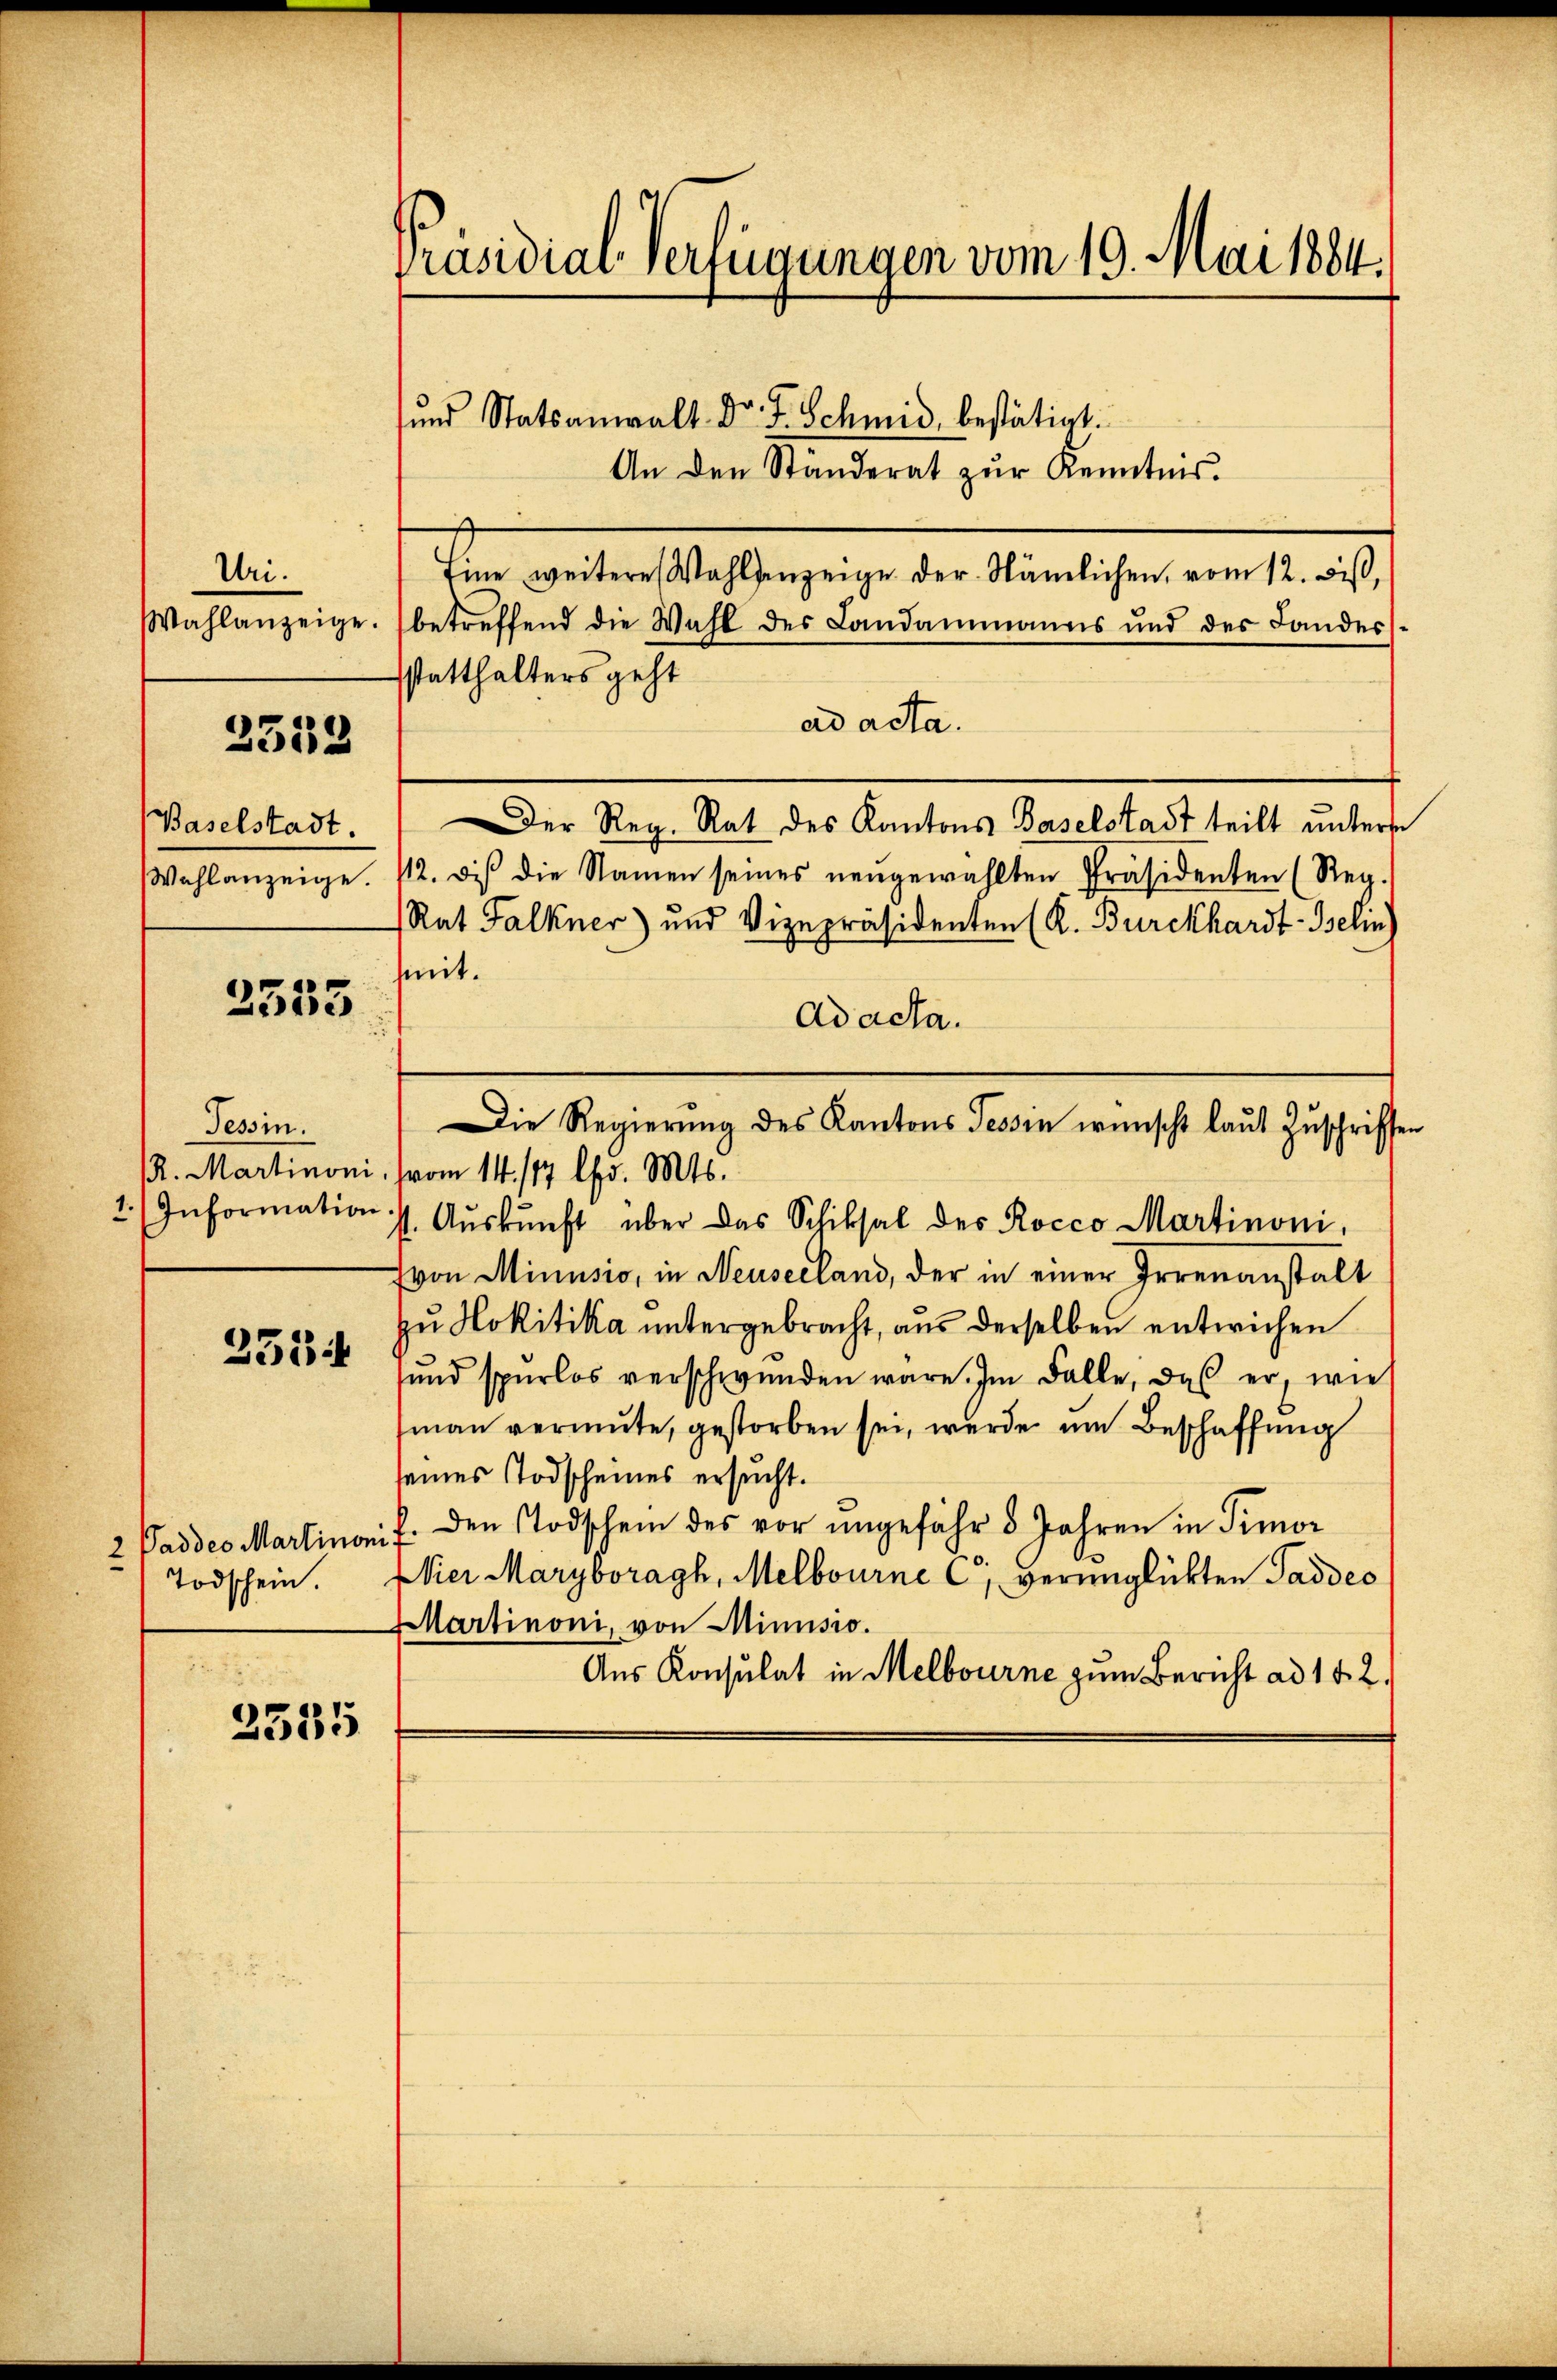
Uri.

2558

Baselstadt.

0
2500

Tessin.

252

Todschein

2535

Präsidial-Verfügungen vom 19. Mai 1884.

und Statsanwalt Dr. F. Schmid, bestätigt.
Eine weitere Wahlenzeige der Nämlichen, vom 12. diß,
Wahlanzeige. betreffend die Wahl des Landammanns und des Landes-
statthalters geht
ad acta.
Der Reg. Rat des Kantons Baselstadt teilt unterse
Wahlanzeige. 12. des die Namen seines neŭgewählten Präsidenten (Reg.
Rat Falkner) und Vizepräsidenten (R. Burckhardt - Belin
mit.
Ad acta.
Die Regierung des Kantons Tessin wünscht laut Zuschriften
R. Martinoni. (vom 14. /17 lfd. Mts.
1. Information s. Aŭskŭnft über das Schiksal des Rocco Martinoni,
Evon Minusio, in Neuseeland, der in einer Irrenanstalt
zu Hokitika untergebracht, aus derselben entwichen
ŭnd spurlos verschwenden wäre. Im Falle, daβ er, wie
(man vermute, gestorben sei, werde um Beschaffung
seines Todscheines ersucht.
2 Paddes Martinarif den Todschein des vor ungefähr 8 Jahren in Pimor
Nier Maryboragh, Melbourne C verunglichten Saddes
Martinoni, von Minusio.
Aus Konsulat in Melbourne zum Bericht ad 1. 2.

An den Standerat zur Kenntnis.